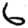
Digit: 6